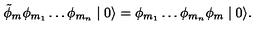
\tilde { \phi } _ { m } \phi _ { m _ { 1 } } \ldots \phi _ { m _ { n } } \mid 0 \rangle = \phi _ { m _ { 1 } } \ldots \phi _ { m _ { n } } \phi _ { m } \mid 0 \rangle .